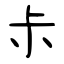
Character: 尗